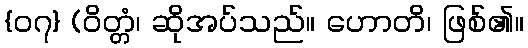
{၀၇} (ဝိတ္တံ၊ ဆိုအပ်သည်။ ဟောတိ၊ ဖြစ်၏။